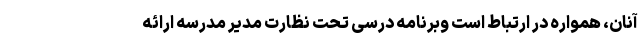
آنان، همواره در ارتباط است وبرنامه درسی تحت نظارت مدیر مدرسه ارائه